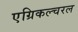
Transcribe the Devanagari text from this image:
एग्रिकल्चरल